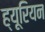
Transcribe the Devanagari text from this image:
ह्यूरियन